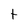
Character: t